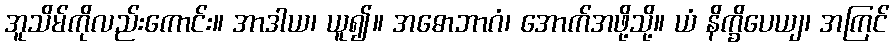
အူသိမ်ကိုလည်းကောင်း။ အာဒါယ၊ ယူ၍။ အဓောဘာဂံ၊ အောက်အဖို့သို့။ ယံ နိက္ခိပေယျ၊ အကြင်